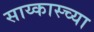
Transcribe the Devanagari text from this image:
साय्कास्च्या